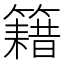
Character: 籍